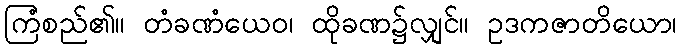
ကြံစည်၏။ တံခဏံယေဝ၊ ထိုခဏ၌လျှင်။ ဥဒကဇာတိယော၊